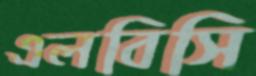
এলবিসি